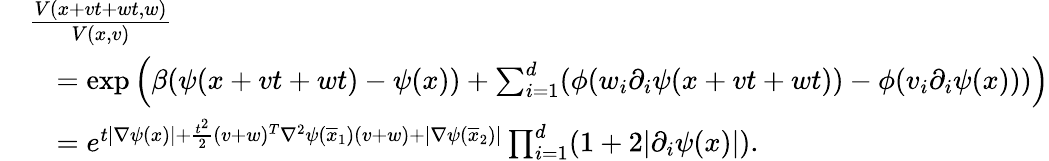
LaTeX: \begin{array}{rl}&{\frac{V(x+vt+wt,w)}{V(x,v)}}\\ &{\quad=\exp\left(\beta(\psi(x+vt+wt)-\psi(x))+\sum_{i=1}^{d}(\phi(w_{i}\partial_{i}\psi(x+vt+wt))-\phi(v_{i}\partial_{i}\psi(x)))\right)}\\ &{\quad=e^{t\lvert\nabla\psi(x)\rvert+\frac{t^{2}}{2}(v+w)^{T}\nabla^{2}\psi(\overline{{x}}_{1})(v+w)+\lvert\nabla\psi(\overline{{x}}_{2})\rvert}\prod_{i=1}^{d}(1+2\lvert\partial_{i}\psi(x)\rvert).}\end{array}